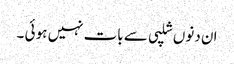
ان دنوں شلپی سے بات نہیں ہو ئی ۔